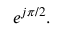
e ^ { j \pi / 2 } .